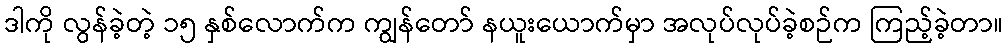
ဒါကို လွန်ခဲ့တဲ့ ၁၅ နှစ်လောက်က ကျွန်တော် နယူးယောက်မှာ အလုပ်လုပ်ခဲ့စဉ်က ကြည့်ခဲ့တာ။